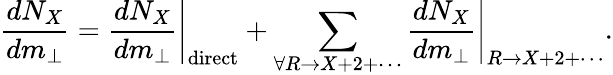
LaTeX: \frac{dN_{X}}{dm_{\bot}}=\left.\frac{dN_{X}}{dm_{\bot}}\right|_{\mathrm{direct}}+\sum_{\forall R\rightarrow X+2+\cdots}\left.\frac{dN_{X}}{dm_{\bot}}\right|_{R\rightarrow X+2+\cdots}.